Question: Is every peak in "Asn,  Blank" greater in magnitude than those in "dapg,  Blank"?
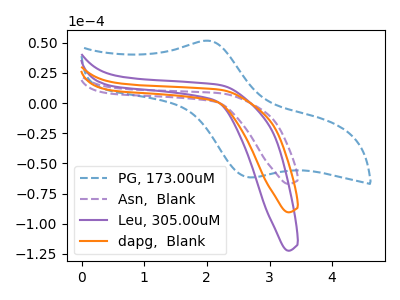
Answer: <think>The blue dashed curve "PG, 173.00uM" has an anodic peak at (2.00V, 51.70uA) and a cathodic peak at (2.70V, -61.50uA). The purple dashed curve "Asn,  Blank" has no peaks. The purple curve "Leu, 305.00uM" has no peaks. The orange curve "dapg,  Blank" has no peaks.</think>
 <answer>Niether CV has any peaks.</answer>
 <eval>blanks</eval>